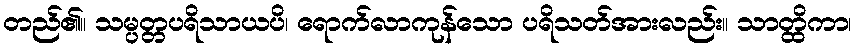
တည်၏။ သမ္ပတ္တပရိသာယပိ၊ ရောက်လာကုန်သော ပရိသတ်အားလည်း။ သာတ္ထိကာ၊